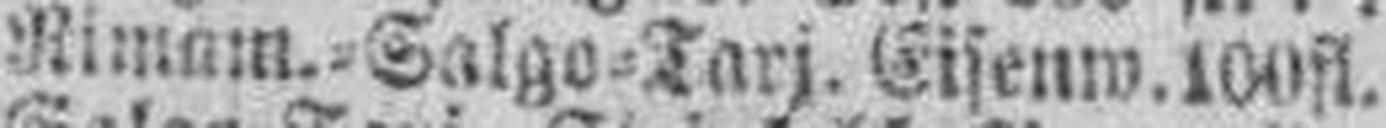
Rimam.=Salgo=Tarj. Eisenw. 100 fl.